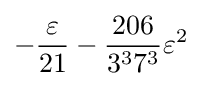
-{\frac {\varepsilon }{21}}-{\frac {206}{3^{3}7^{3}}}\varepsilon ^{2}